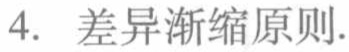
4. 差异渐缩原则.